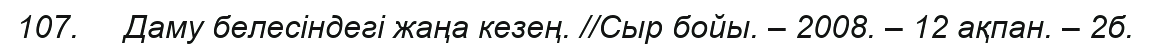
107.     Даму белесіндегі жаңа кезең. //Сыр бойы. – 2008. – 12 ақпан. – 2б.